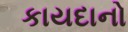
કાયદાનો